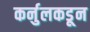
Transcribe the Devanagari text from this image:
कर्नुलकडून